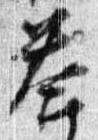
答